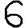
Digit: 6